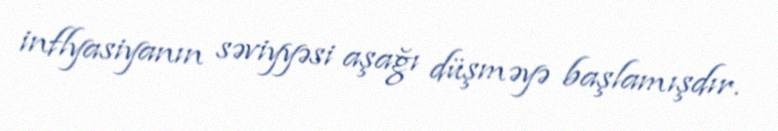
inflyasiyanın səviyyəsi aşağı düşməyə başlamışdır.